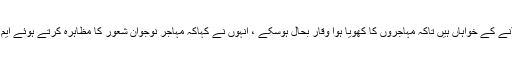
ہم طاقت اور اقتدار کے حصول کے بجائے مہاجروں کو باعزت مقام دلانے کے خواہاں ہیں تاکہ مہاجروں کا کھویا ہوا وقار بحال ہوسکے ، انہوں نے کہاکہ مہاجر نوجوان شعور کا مظاہرہ کرتے ہوئے ایم ائی ٹی کے ہاتھ مضبوط کریں اور مہاجر تحریک کو اپنے ہاتھ میں لیں۔